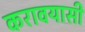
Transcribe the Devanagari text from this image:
करावयासी